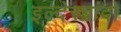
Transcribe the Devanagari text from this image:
इल्देरब्रांदो